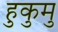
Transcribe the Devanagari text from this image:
हुकुमु